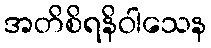
အတိစိရနိဝါသေန